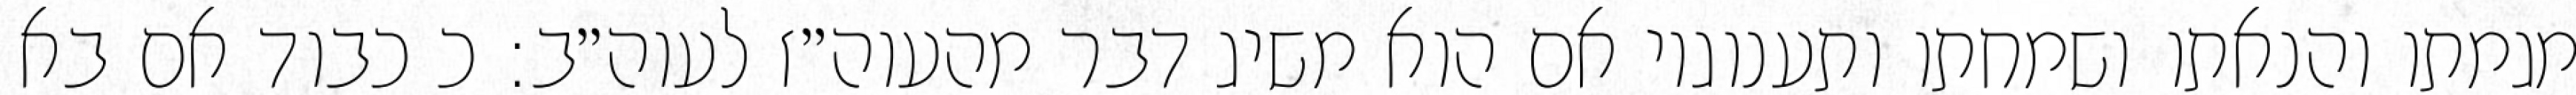
מגמתו והנאתו ושמחתו ותענוגיו אם הוא משיג דבר מהעוה״ז לעוה״ב: כ כבוד אם בא